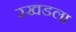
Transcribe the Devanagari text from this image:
रखडला